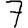
Digit: 7